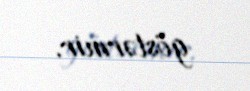
göstərmir.